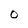
Character: O